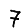
Digit: 7